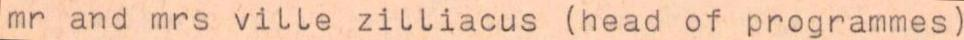
mr and mrs ville zilliacus (head of programmes)